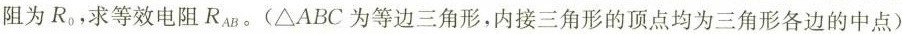
阻为 R_{o} 求等效电阻R_{AB}(\triangle ABC 为等边三角形，内接三角形的顶点均为三角形各边的中点)